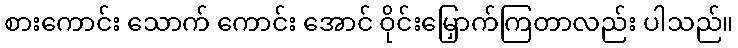
စားကောင်း သောက် ကောင်း အောင် ဝိုင်းမြှောက်ကြတာလည်း ပါသည်။